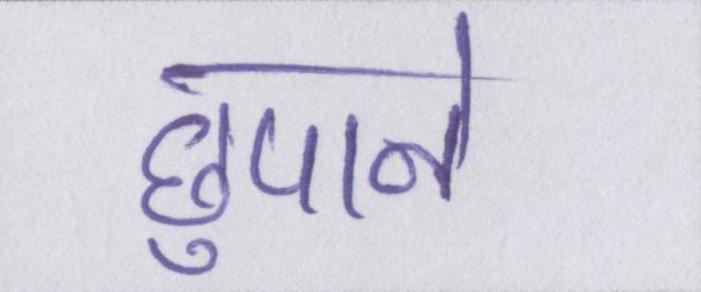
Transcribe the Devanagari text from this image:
छुपाने